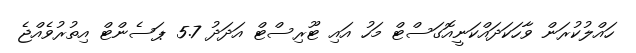
ހައްލުކުރަން ވާހަކަދައްކަނީއޮގަސްޓް މަހު އައި ޓޫރިސްޓް އަދަދު 5.7 ޕަސެންޓް އިތުރުވެއްޖެ